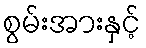
စွမ်းအားနှင့်